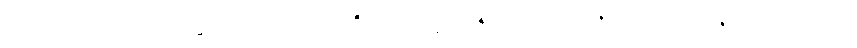
သိမ်းဆည်း၍။ အာရဒ္ဓါ၊ သော။ ပ။ အဇ္ဈတ္တဗဟိဒ္ဓါဘိနိဝေသာ၊ အဇ္ဈတ္တဗဟိဒ္ဓ၌ နှလုံးသွင်းသော